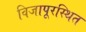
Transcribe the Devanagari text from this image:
विजापूरस्थित